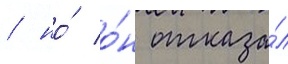
/ но́ о́н отказа́л